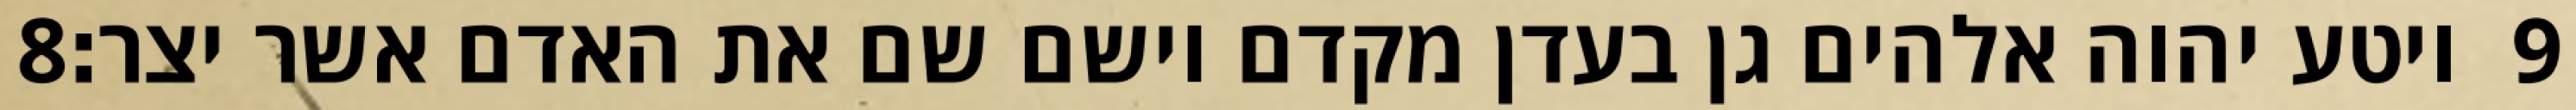
‎8‏ ויטע יהוה אלהים גן בעדן מקדם וישם שם את האדם אשר יצר׃ ‎9‏